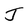
Character: J